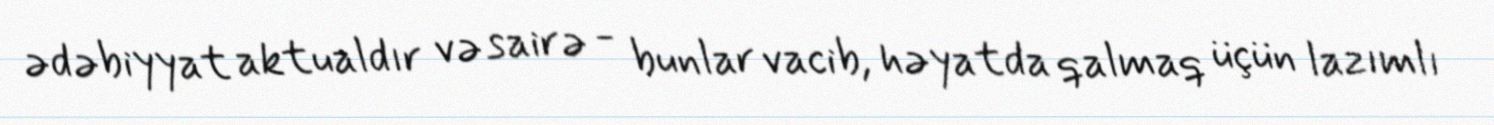
ədəbiyyat aktualdır və sairə - bunlar vacib, həyatda qalmaq üçün lazımlı